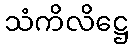
သံကိလိဋ္ဌေ